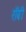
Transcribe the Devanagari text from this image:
राॅबी